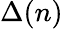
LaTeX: \Delta(n)